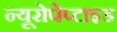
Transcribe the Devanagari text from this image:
न्यूरोपेप्टाइड